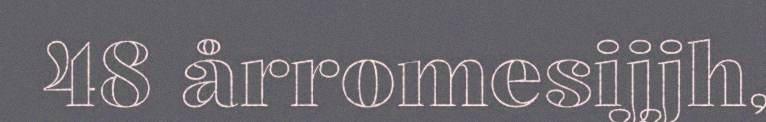
48 årromesijjh,